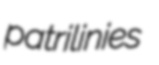
patrilinies